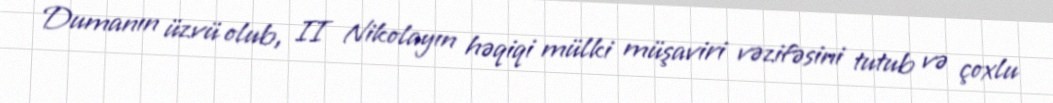
Dumanın üzvü olub, II Nikolayın həqiqi mülki müşaviri vəzifəsini tutub və çoxlu